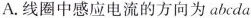
A.线圈中感应电流的方向为abcda